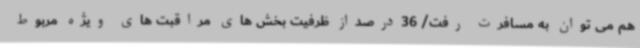
هم می توان به مسافرت رفت/ 36درصداز ظرفیت بخش های مراقبت های ویژه مربوط